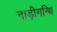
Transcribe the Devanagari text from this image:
नाड़ीगन्थि